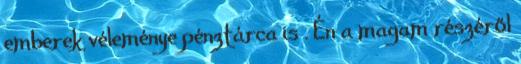
emberek véleménye pénztárca is . Én a magam részéről